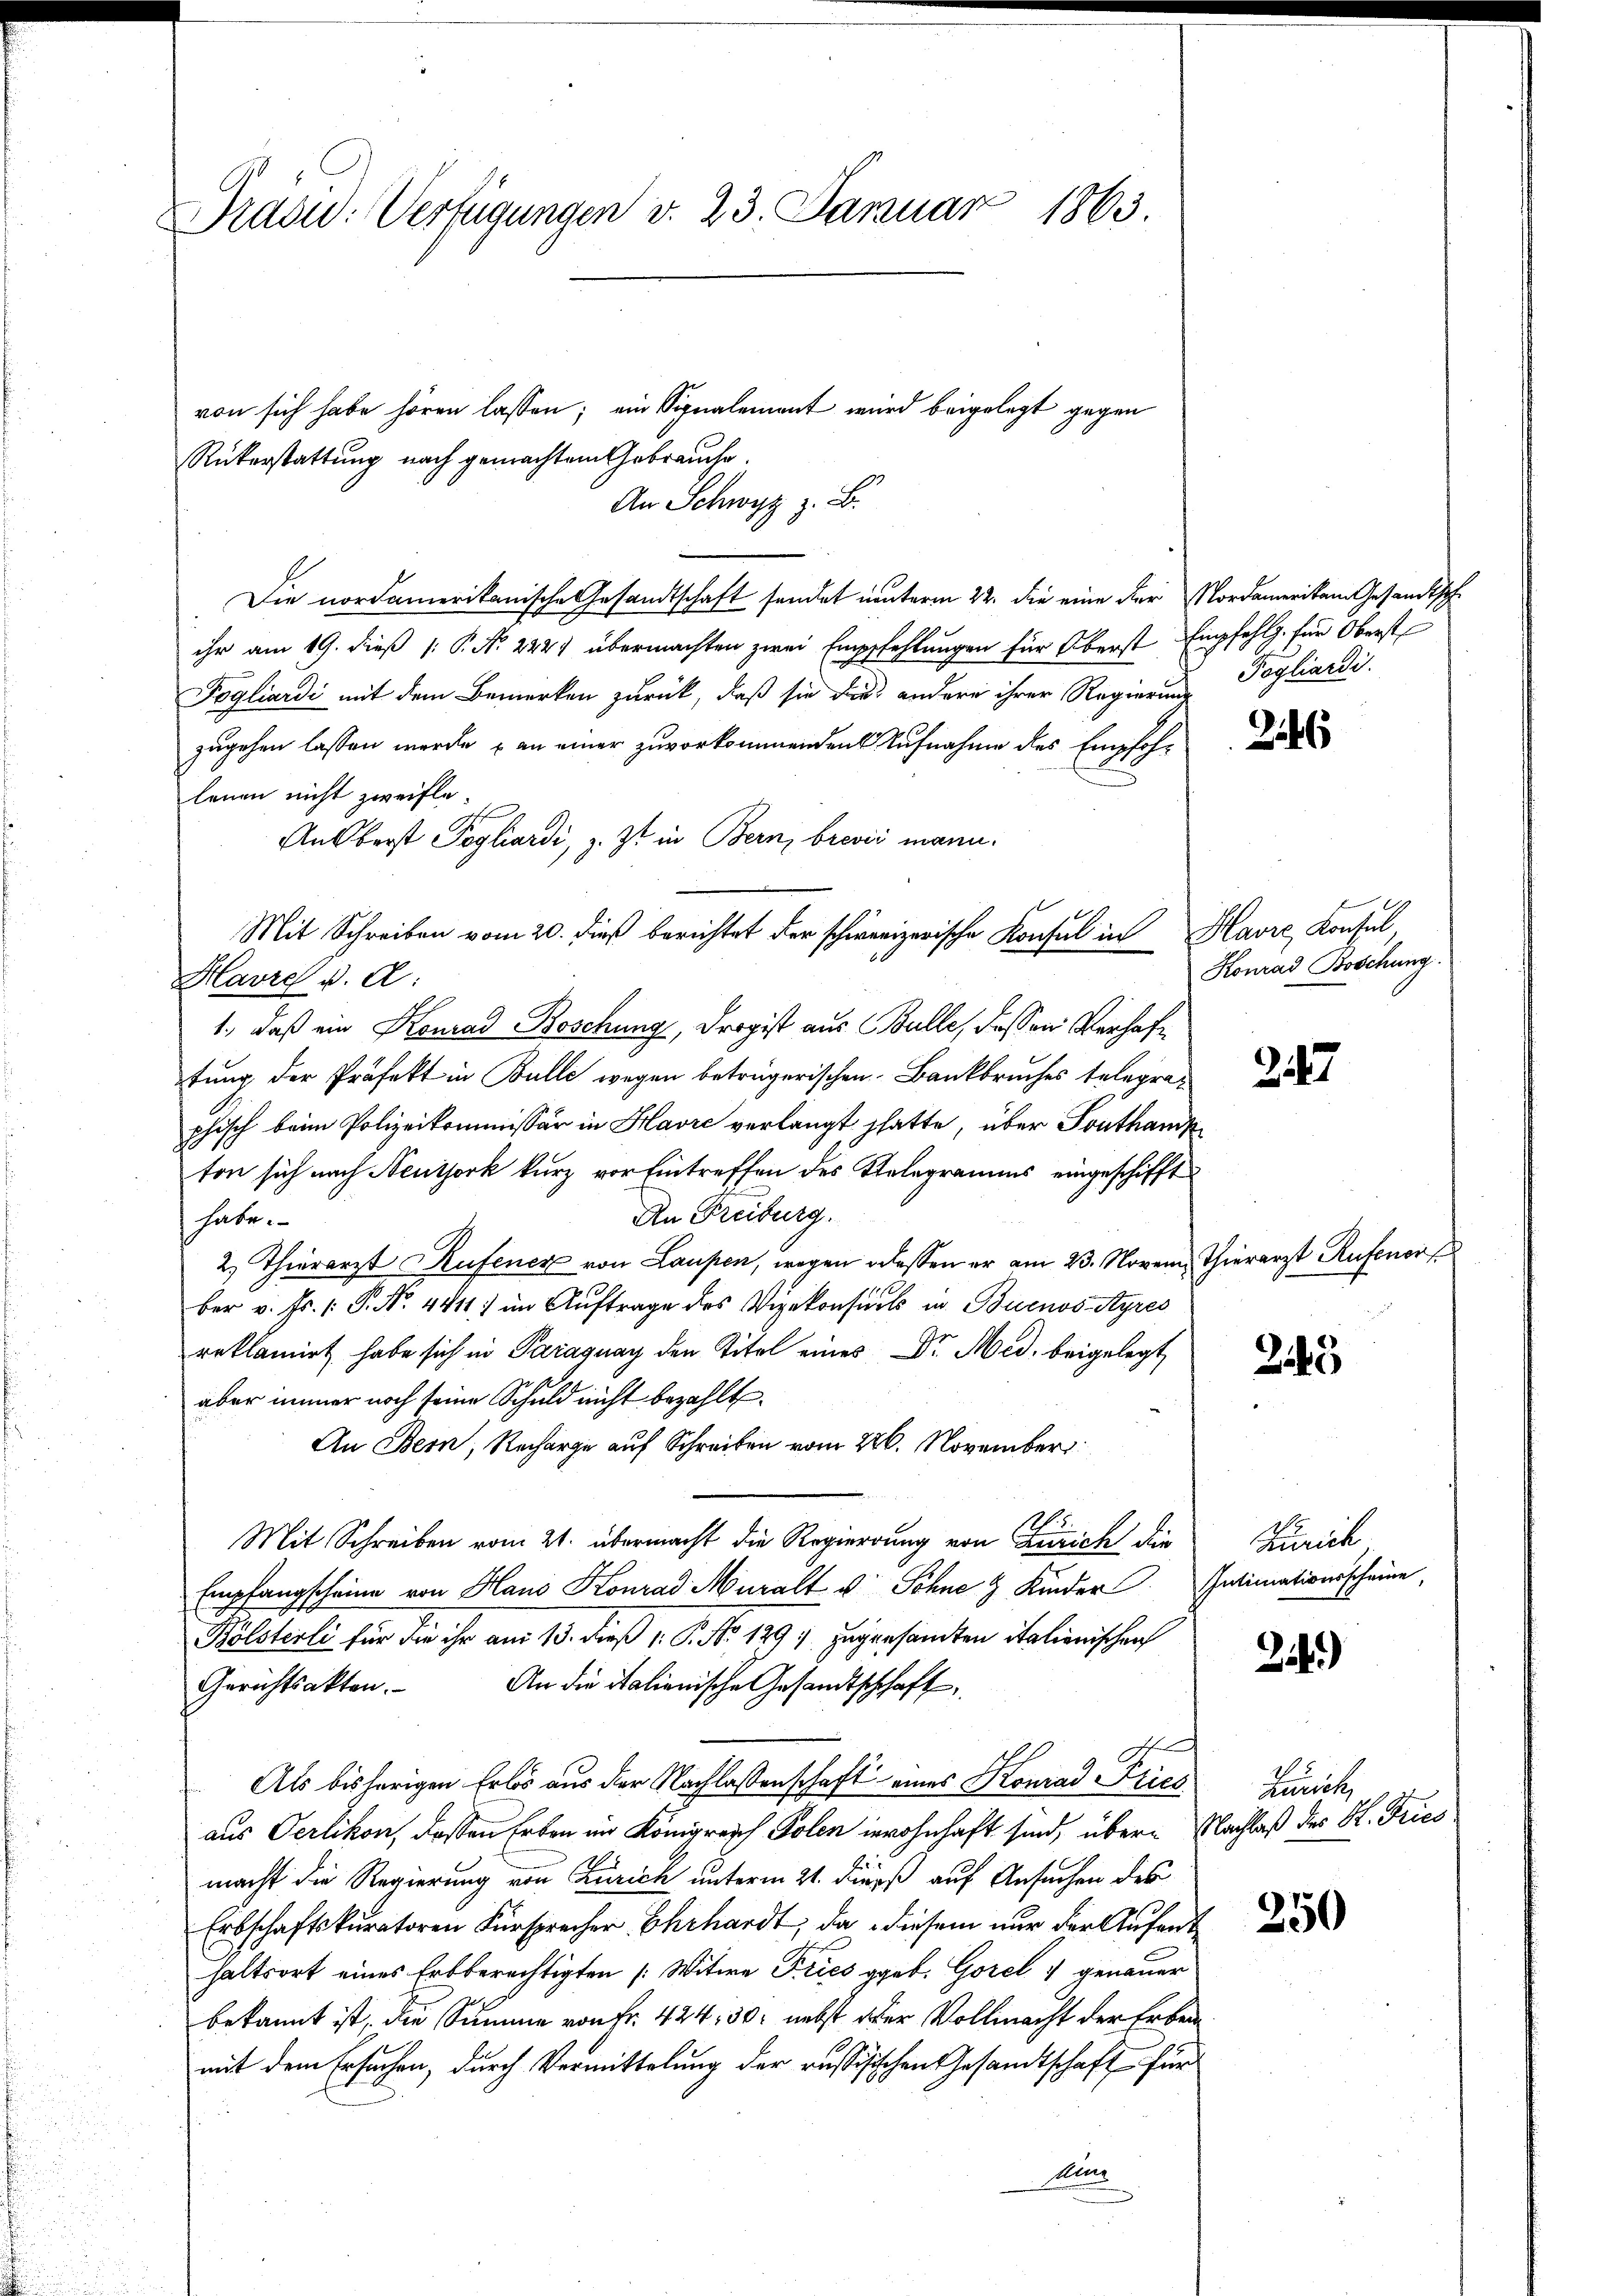
Präsid. Verfügungen v. 23. Januar 1863.

von sich habe hören lassen; ein Signalement wird beigelegt gegen
Rükerstattung nach gemachtem Gebrauche.
An Schwyz z. B.
Die nordamerikanische Gesandtschaft sendet unterm 22. die eine der Nordamerikam Gesandtsch
ihr am 19. dieß (: P. N. 2441 übermachten zwei Empfehlungen für Oberst Empfehlg. für Oberst
Fogliardi mit dem Bemerken zurück, daß sie die andere ihrer Regierung
zugehen lassen werde, an einer zuvorkommenden Aufnahme des Empfohlenen nicht zweifle¬
Ansberst Pogliardi, z. Z. in Bern, brevii mann.
Mit Schreiben vom 20. dieß berichtet der schweizerische Konsul in Havre, Konsul
Havre d. d.
1., daß ein Konrad Böschung, Propist aus Bulle, dessen Verhaftung der Präfekt in Bulle wegen betrügerischen Bankbruches telegraphisch beim Polizeikommissär in Havre verlangt hatte, über Touthamp
ton sich nach Neuthork kurz vor Eintreffen des Relegramms eingeschifft
An Freiburg.
habe.
2) Thierarzt Rufener von Laupen, wegen odessen er am 23. Novem Thierarzt Rufener
ber v. Fr. 1. P. Nr. 4411) im Auftrage des Vizekonsuls in Buenos Ayres
reklamirt habe sich in Paraguay den Titel eines Dr. Med. beigelegt
aber immer noch seine Schuld nicht bezahlt.
An Bern, Recharge auf Schreiben vom 226. November
Mit Schreiben vom 21. übermacht die Regierung von Zürich, die
Empfangscheine von Haus Konrad Muralt v. Söhne & Kinder Intimationsscheine,
Bölsterli für die ihr am 13. dieß v. P. No. 1297. zugesamten italienischen
Gerichtsakten. An die italienische Gesandtschchaft,
h
Als bisherigen Erlös aus der Nachlassenschaft eines Konrad Pries
aus Oerlikon, dassen Erben im Königreich Polen inwohnhaft sind, über Nachlaß der H. Tries
macht die Regierung von Zürich unterm 21. dieß auf Ansuchen des
Erbschaftskuratoren Fürsprecher Ehrhardt, da diesem nur der Aufent
haltsort eines Erbberechtigten [Witwe Fries geb. Gorel & genauer
bekannt ist, die Summe von Fr. 424. 50. nebst oder Vollmacht der Erben
mit dem Ersuchen, durch Vermittelung der russigischen Gesandtschaft für
Mun

Fogliardi.

246

Honrad Boschung.

257

245

Zürich

24)

Zürich,

250